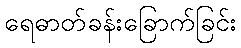
ရေဓာတ်ခန်းခြောက်ခြင်း